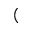
(